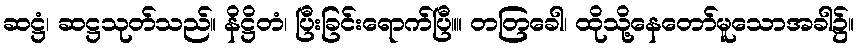
ဆဋ္ဌံ၊ ဆဋ္ဌသုတ်သည်။ နိဋ္ဌိတံ၊ ပြီးခြင်းရောက်ပြီ။။ တတြခေါ၊ ထိုသို့နေတော်မူသောအခါ၌။